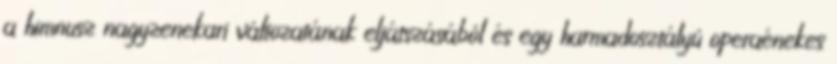
a himnusz nagyzenekari változatának eljátszásából és egy harmadosztályú operaénekes